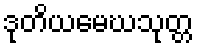
ဒုတိယမေဃသုတ္တ